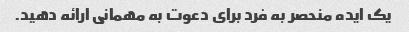
یک ایده منحصر به فرد برای دعوت به مهمانی ارائه دهید.